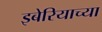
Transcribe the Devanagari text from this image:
इबेरियाच्या